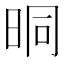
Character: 晍